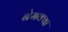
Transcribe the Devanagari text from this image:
नेमक्‍या